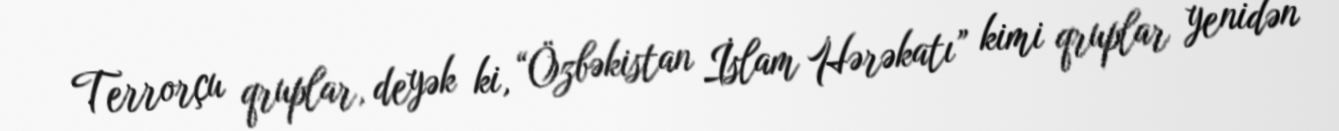
Terrorçu qruplar, deyək ki, “Özbəkistan İslam Hərəkatı” kimi qruplar yenidən